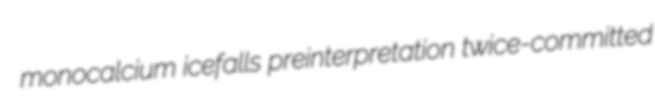
monocalcium icefalls preinterpretation twice-committed